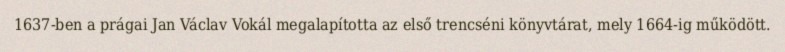
1637-ben a prágai Jan Václav Vokál megalapította az első trencséni könyvtárat, mely 1664-ig működött.